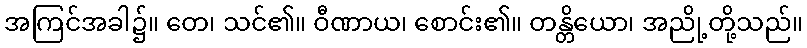
အကြင်အခါ၌။ တေ၊ သင်၏။ ဝီဏာယ၊ စောင်း၏။ တန္တိယော၊ အညို့တို့သည်။